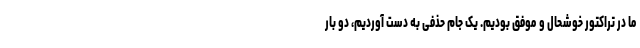
ما در تراکتور خوشحال و موفق بودیم. یک جام حذفی به دست آوردیم، دو بار